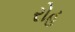
રોહ